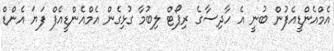
އެމްއެންޑީއެފުން ބުނީ އެ ހާދިސާގެ ރިޕޯޓް ލިބުމާ ގުޅިގެން އެމްއެންޑީއެފް ފަޔަ އެންޑް